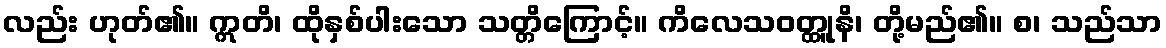
လည်း ဟုတ်၏။ ဣတိ၊ ထိုနှစ်ပါးသော သတ္တိကြောင့်။ ကိလေသဝတ္ထုူနိ၊ တို့မည်၏။ စ၊ သည်သာ